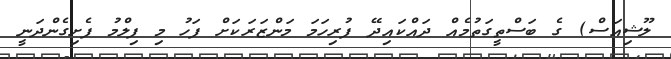
ލޫޝިއަސް) ގެ ބަސްތީގަތުމެއް ދައްކައިދޭ ފުރިހަމަ މަންޒަރަކަށް ފަހު މި ފިލްމު ފެށިގެންދަނީ